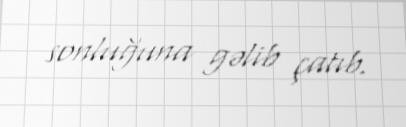
sonluğuna gəlib çatıb.